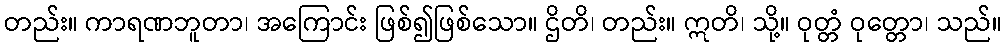
တည်း။ ကာရဏဘူတာ၊ အကြောင်း ဖြစ်၍ဖြစ်သော။ ဌိတိ၊ တည်း။ ဣတိ၊ သို့။ ဝုတ္တံ ဝုတ္တော၊ သည်။